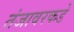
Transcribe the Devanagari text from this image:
तंजावरकडे